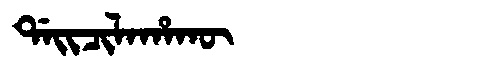
Manchu: ᡩᠠᡳᠴᡳᠯᠠᡥᠠᡴᡡ
Romanization: DAICILAHAKŪ